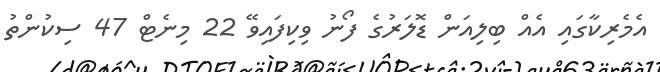
އެމެރިކާގައި އެއް ބިލިއަން ޑޮލަރުގެ ފޯނު ވިކިފައިވޭ 22 މިނެޓް 47 ސިކުންތު